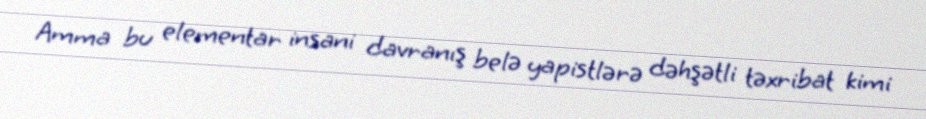
Amma bu elementar insani davranış belə yapistlərə dəhşətli təxribat kimi